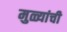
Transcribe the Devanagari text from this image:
मुळ्यांची